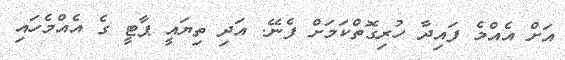
އަށް އެއްމެ ފައިދާ ހުރިގޮތްކަމަށް ފެނޭ. އަދި ތިޔައީ ޕާޓީ ގެ އެއްމެހައި